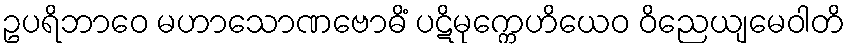
ဥပရိဘာဝေ မဟာသောဏဗောဓိံ ပဋိမုက္ကေဟိယေဝ ဝိညေယျမေဝါတိ